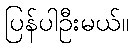
ပြန်ပါဦးမယ်။